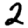
Digit: 2